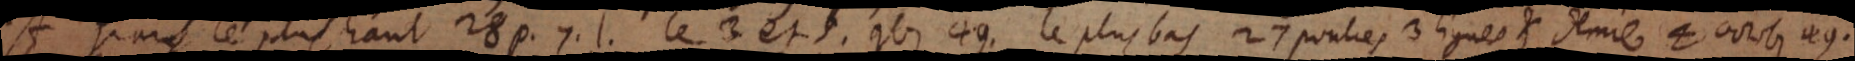
À Paris le plus haut 28 p. 7. l. le 3 et 5. 9bre 49, le plus bas 27 poulces 3 lignes et demie 4 octobr. 49.